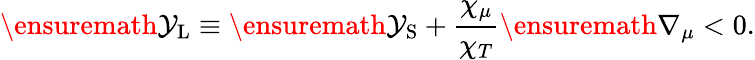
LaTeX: \ensuremath{\mathcal{Y}_{\mathrm{{L}}}}\equiv\ensuremath{\mathcal{Y}_{\mathrm{{S}}}}+\frac{\chi_{\mu}}{\chi_{T}}\ensuremath{\nabla_{\mu}}<0.